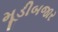
મૂડીબજાર